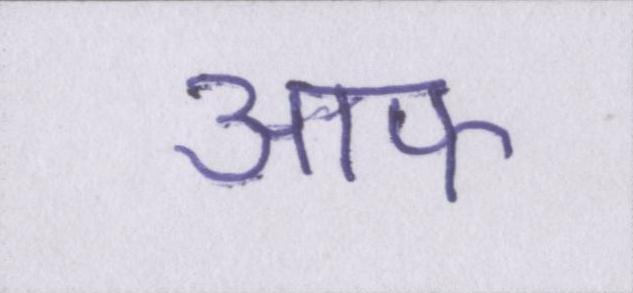
आफ